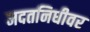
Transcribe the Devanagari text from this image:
मदतनिधीवर